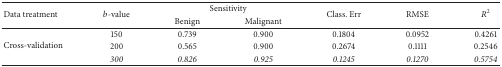
<table><thead><tr><td rowspan="2"><b>Data treatment</b></td><td rowspan="2"><b><i>b</i>-value</b></td><td colspan="2"><b>Sensitivity</b></td><td rowspan="2"><b>Class. Err</b></td><td rowspan="2"><b>RMSE</b></td><td rowspan="2"><b><i>R</i><sup>2</sup></b></td></tr><tr><td><b>Benign</b></td><td><b>Malignant</b></td></tr></thead><tbody><tr><td rowspan="3">Cross-validation</td><td>150</td><td>0.739</td><td>0.900</td><td>0.1804</td><td>0.0952</td><td>0.4261</td></tr><tr><td>200</td><td>0.565</td><td>0.900</td><td>0.2674</td><td>0.1111</td><td>0.2546</td></tr><tr><td><i>300</i></td><td><i>0.826</i></td><td><i>0.925</i></td><td><i>0.1245</i></td><td><i>0.1270</i></td><td><i>0.5754</i></td></tr></tbody></table>